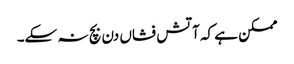
ممکن ہے کہ آتش فشاں دن بچ نہ سکے۔